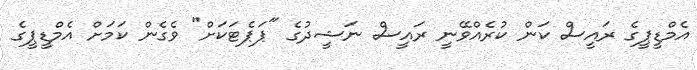
އެމްޑީޕީގެ ރައީސް ކަން ކުރެއްވޭނީ ރައީސް ނަޝީދުގެ "ޕަޕެޓަކަށް" ވެގެން ކަމަށް އެމްޑީޕީގެ